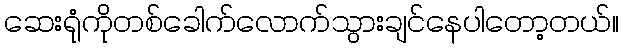
ဆေးရုံကိုတစ်ခေါက်လောက်သွားချင်နေပါတော့တယ်။